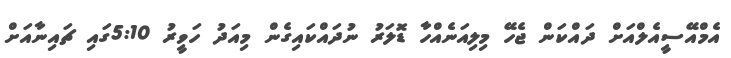
އެމްއޭސީއެލްއަށް ދައްކަން ޖެހޭ މިލިއަނެއްހާ ޑޮލަރު ނުދައްކައިގެން މިއަދު ހަވީރު 5:10ގައި ޗައިނާއަށް